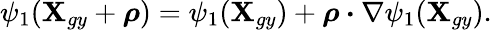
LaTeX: \psi_{1}(\textbf{X}_{gy}+\boldsymbol{\rho})=\psi_{1}(\textbf{X}_{gy})+\boldsymbol{\rho}\boldsymbol{\cdot}\nabla\psi_{1}(\textbf{X}_{gy}).